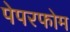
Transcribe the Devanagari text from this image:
पेपरफोम